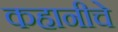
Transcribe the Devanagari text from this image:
कहानीचे